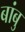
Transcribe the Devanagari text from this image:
बांबु